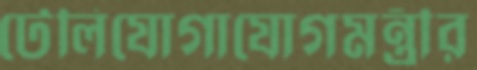
টেলিযোগাযোগমন্ত্রীর